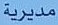
مديرية